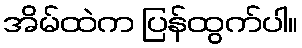
အိမ်ထဲက ပြန်ထွက်ပါ။